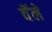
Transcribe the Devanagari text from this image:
वॅले